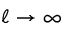
\ell \to \infty